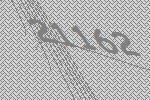
21162